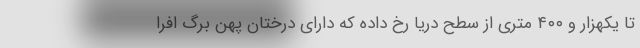
تا یکهزار و ۴۰۰ متری از سطح دریا رخ داده که دارای درختان پهن برگ افرا